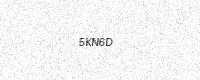
Text: 5KN6D